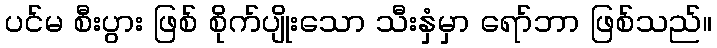
ပင်မ စီးပွား ဖြစ် စိုက်ပျိုးသော သီးနှံမှာ ရော်ဘာ ဖြစ်သည်။